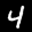
Label: 4